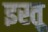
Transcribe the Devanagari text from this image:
इस्तू